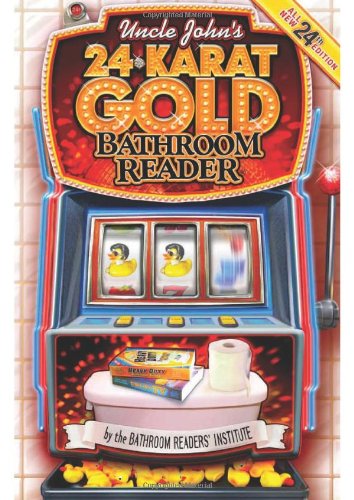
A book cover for Uncle John's 24-Karat Gold Bathroom Reader (Uncle John's Bathroom Reader); Bathroom Readers' Institute; Humor & Entertainment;